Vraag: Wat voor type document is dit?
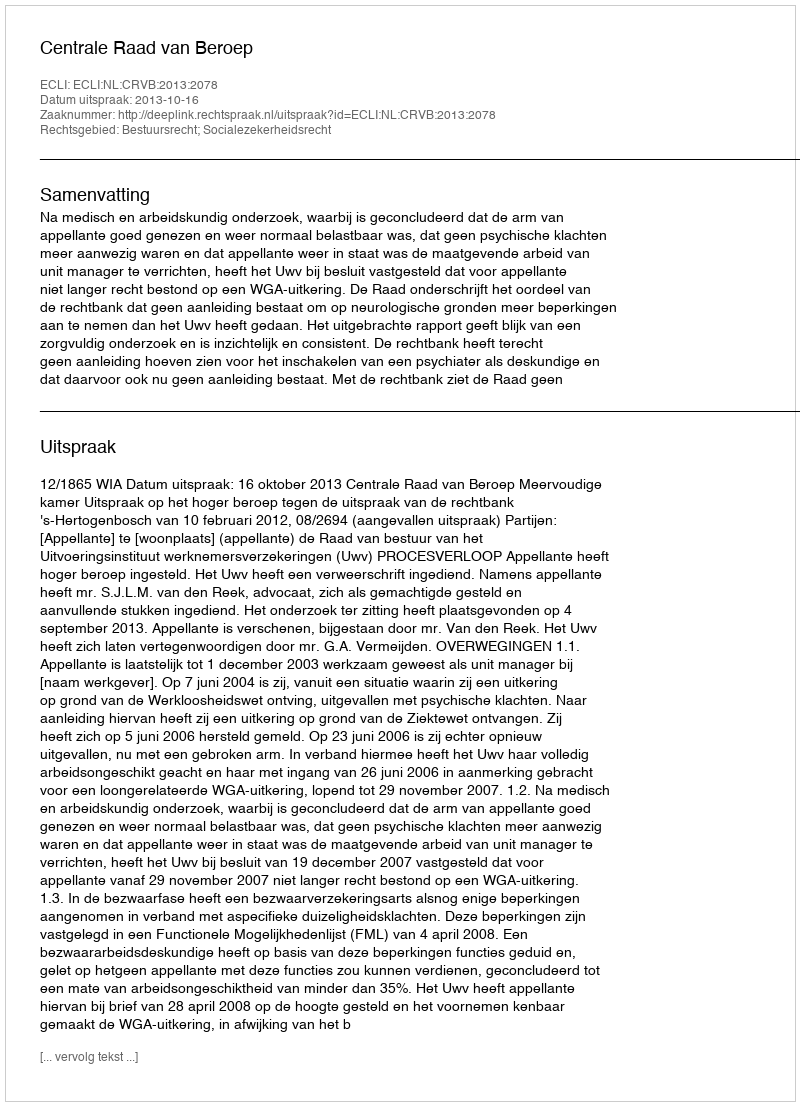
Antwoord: Uitspraak